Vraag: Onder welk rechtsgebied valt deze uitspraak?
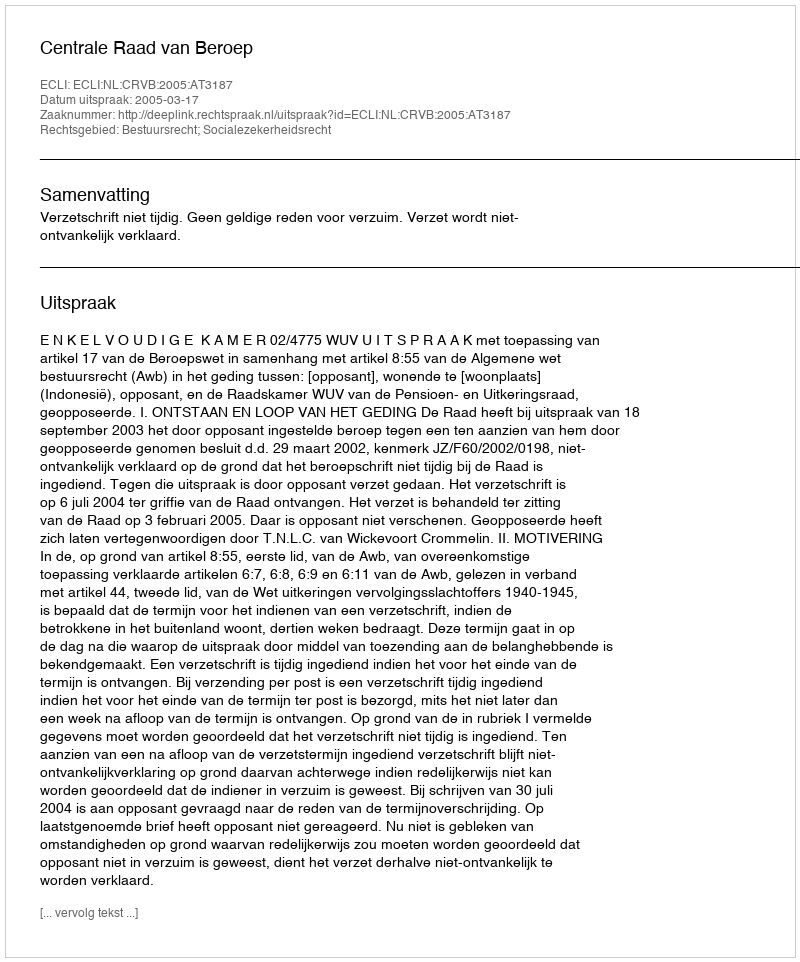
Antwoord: Bestuursrecht; Socialezekerheidsrecht